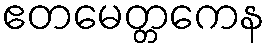
ဧတမေတ္တကေန